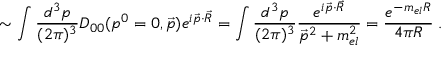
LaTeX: \sim \int \frac { d ^ { 3 } p } { ( 2 \pi ) ^ { 3 } } D _ { 0 0 } ( p ^ { 0 } = 0 , \vec { p } ) e ^ { i \vec { p } \cdot \vec { R } } = \int \frac { d ^ { 3 } p } { ( 2 \pi ) ^ { 3 } } \frac { e ^ { i \vec { p } \cdot \vec { R } } } { \vec { p } ^ { 2 } + m _ { e l } ^ { 2 } } = \frac { e ^ { - m _ { e l } R } } { 4 \pi R } \; .